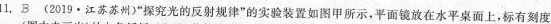
11,B(2019·江苏苏州)“探究光的反射规律”的实验装置如图甲所示，平面镜放在水平桌面上，标有刻度